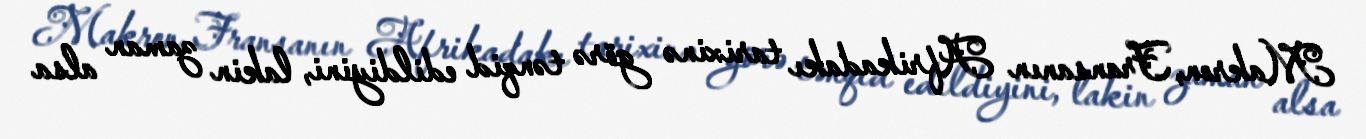
Makron, Fransanın Afrikadakı tarixinə görə tənqid edildiyini, lakin zaman alsa